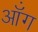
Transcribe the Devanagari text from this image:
ऑंग